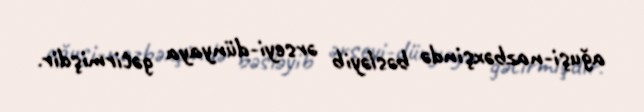
ağuşi-nazbəxşində bəsləyib ərseyi-dünyaya gətirmişdir.